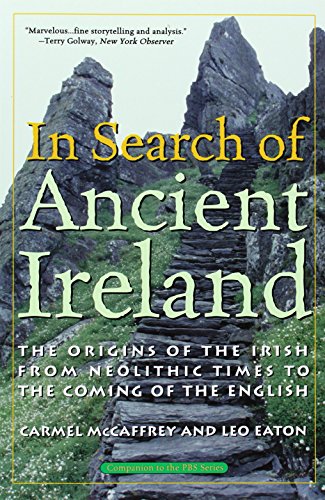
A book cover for In Search of Ancient Ireland: The Origins of the Irish from Neolithic Times to the Coming of the English; Carmel McCaffrey; Literature & Fiction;